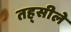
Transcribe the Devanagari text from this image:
तह्सीले